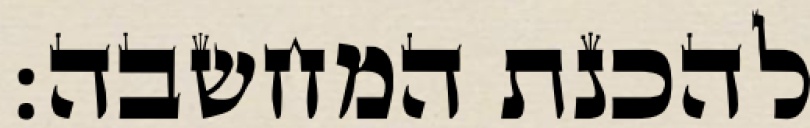
להכנת המחשבה: